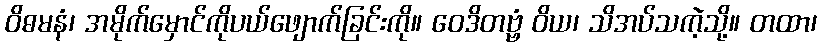
ဝိဓမနံ၊ အမိုက်မှောင်ကိုပယ်ဖျောက်ခြင်းကို။ ဝေဒိတဗ္ဗံ ဝိယ၊ သိအပ်သကဲ့သို့။ တထာ၊